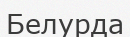
Белурда